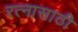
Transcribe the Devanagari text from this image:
रत्‍नासाठी